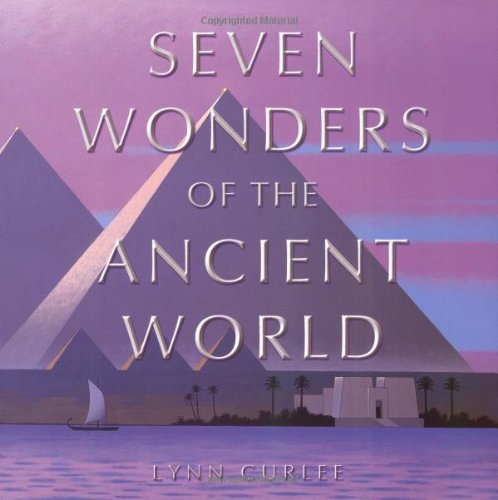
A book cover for The Seven Wonders of the Ancient World; Lynn Curlee; Children's Books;